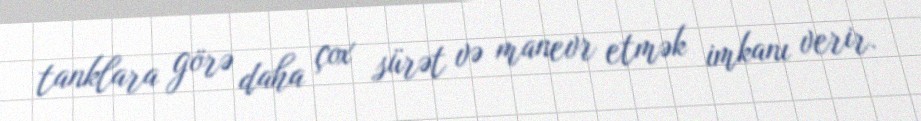
tanklara görə daha çox sürət və manevr etmək imkanı verir.